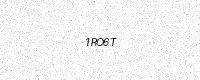
Text: 1RO6T